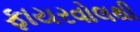
ફાયરવોલથી